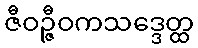
ဇီဝဉ္ဇီဝကသဒ္ဒေတ္ထ